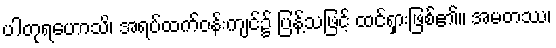
ပါတုရဟောသိ၊ အရပ်ထက်ဝန်းကျင်၌ ပြန့်သဖြင့် ထင်ရှားဖြစ်၏။ အမတဿ၊